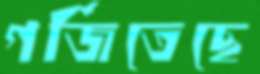
গর্জিতেছে